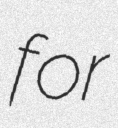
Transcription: for